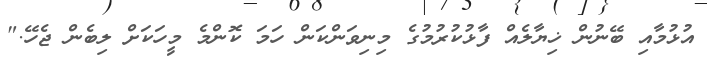
އުޅުމާއި ބޭނުން ޚިޔާލެއް ފާޅުކުރުމުގެ މިނިވަންކަން ހަމަ ކޮންމެ މީހަކަށް ލިބެން ޖެހޭ."